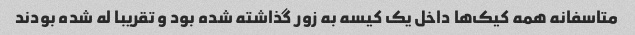
متاسفانه همه کیک‌ها داخل یک کیسه به زور گذاشته شده بود و تقریبا له شده بودند